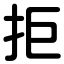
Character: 拒